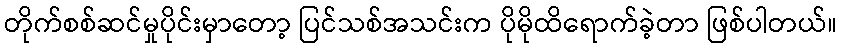
တိုက်စစ်ဆင်မှုပိုင်းမှာတော့ ပြင်သစ်အသင်းက ပိုမိုထိရောက်ခဲ့တာ ဖြစ်ပါတယ်။